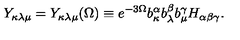
Y _ { \kappa \lambda \mu } = Y _ { \kappa \lambda \mu } ( \Omega ) \equiv e ^ { - 3 \Omega } b _ { \kappa } ^ { \alpha } b _ { \lambda } ^ { \beta } b _ { \mu } ^ { \gamma } H _ { \alpha \beta \gamma } .